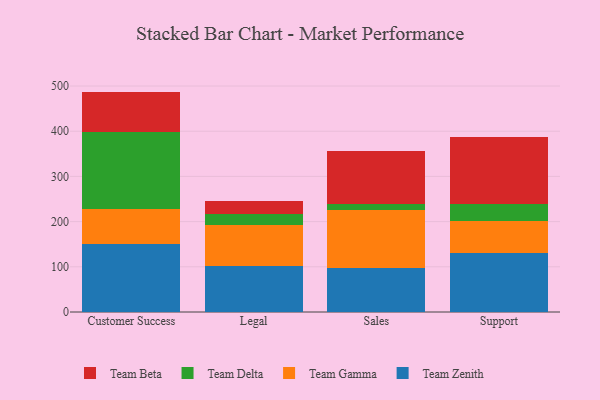
{"axis": {"x": "Department", "y": "Net Income (USD K)"}, "legend": ["Team Beta", "Team Delta", "Team Gamma", "Team Zenith"], "data": [{"x": "Customer Success", "y": 150.6, "type": "Team Zenith"}, {"x": "Customer Success", "y": 77.0, "type": "Team Gamma"}, {"x": "Customer Success", "y": 169.7, "type": "Team Delta"}, {"x": "Customer Success", "y": 90.4, "type": "Team Beta"}, {"x": "Legal", "y": 102.8, "type": "Team Zenith"}, {"x": "Legal", "y": 88.7, "type": "Team Gamma"}, {"x": "Legal", "y": 24.5, "type": "Team Delta"}, {"x": "Legal", "y": 28.6, "type": "Team Beta"}, {"x": "Sales", "y": 97.8, "type": "Team Zenith"}, {"x": "Sales", "y": 128.0, "type": "Team Gamma"}, {"x": "Sales", "y": 12.9, "type": "Team Delta"}, {"x": "Sales", "y": 118.2, "type": "Team Beta"}, {"x": "Support", "y": 129.7, "type": "Team Zenith"}, {"x": "Support", "y": 72.3, "type": "Team Gamma"}, {"x": "Support", "y": 37.1, "type": "Team Delta"}, {"x": "Support", "y": 148.3, "type": "Team Beta"}]}